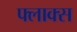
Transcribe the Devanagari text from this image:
फ्लाक्स